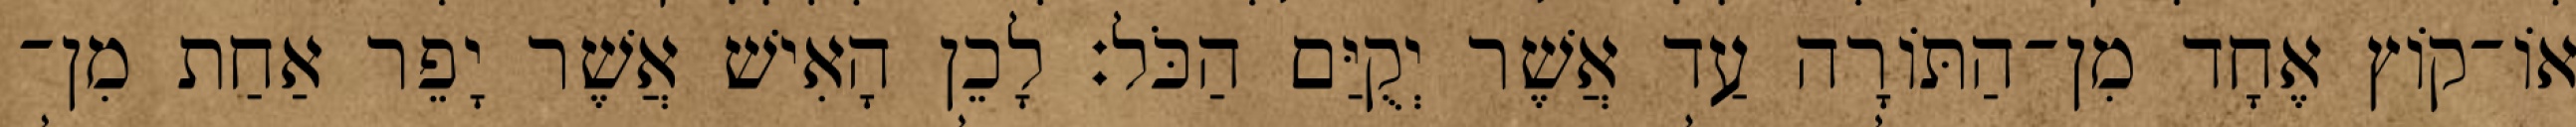
אוֹ־קוֹץ אֶחָד מִן־הַתּוֹרָה עַד אֲשֶׁר יְקֻיַּם הַכֹּל׃ לָכֵן הָאִישׁ אֲשֶׁר יָפֵר אַחַת מִן־